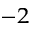
^ { - 2 }